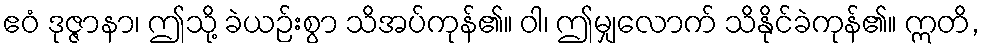
ဧဝံ ဒုဇ္ဇာနာ၊ ဤသို့ ခဲယဉ်းစွာ သိအပ်ကုန်၏။ ဝါ၊ ဤမျှလောက် သိနိုင်ခဲကုန်၏။ ဣတိ,